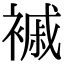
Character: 䙘